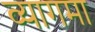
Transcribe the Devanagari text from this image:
व्यागमा